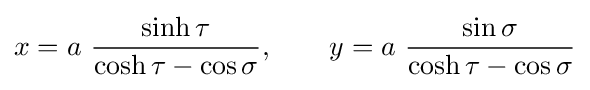
x=a\ {\frac {\sinh \tau }{\cosh \tau -\cos \sigma }},\qquad y=a\ {\frac {\sin \sigma }{\cosh \tau -\cos \sigma }}